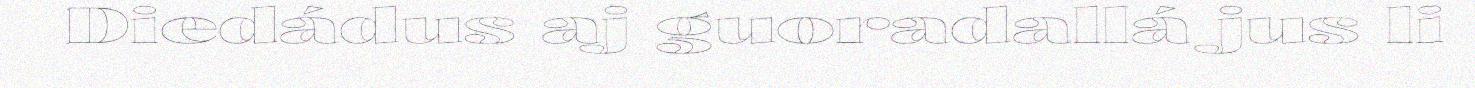
Diedádus aj guoradallá jus li